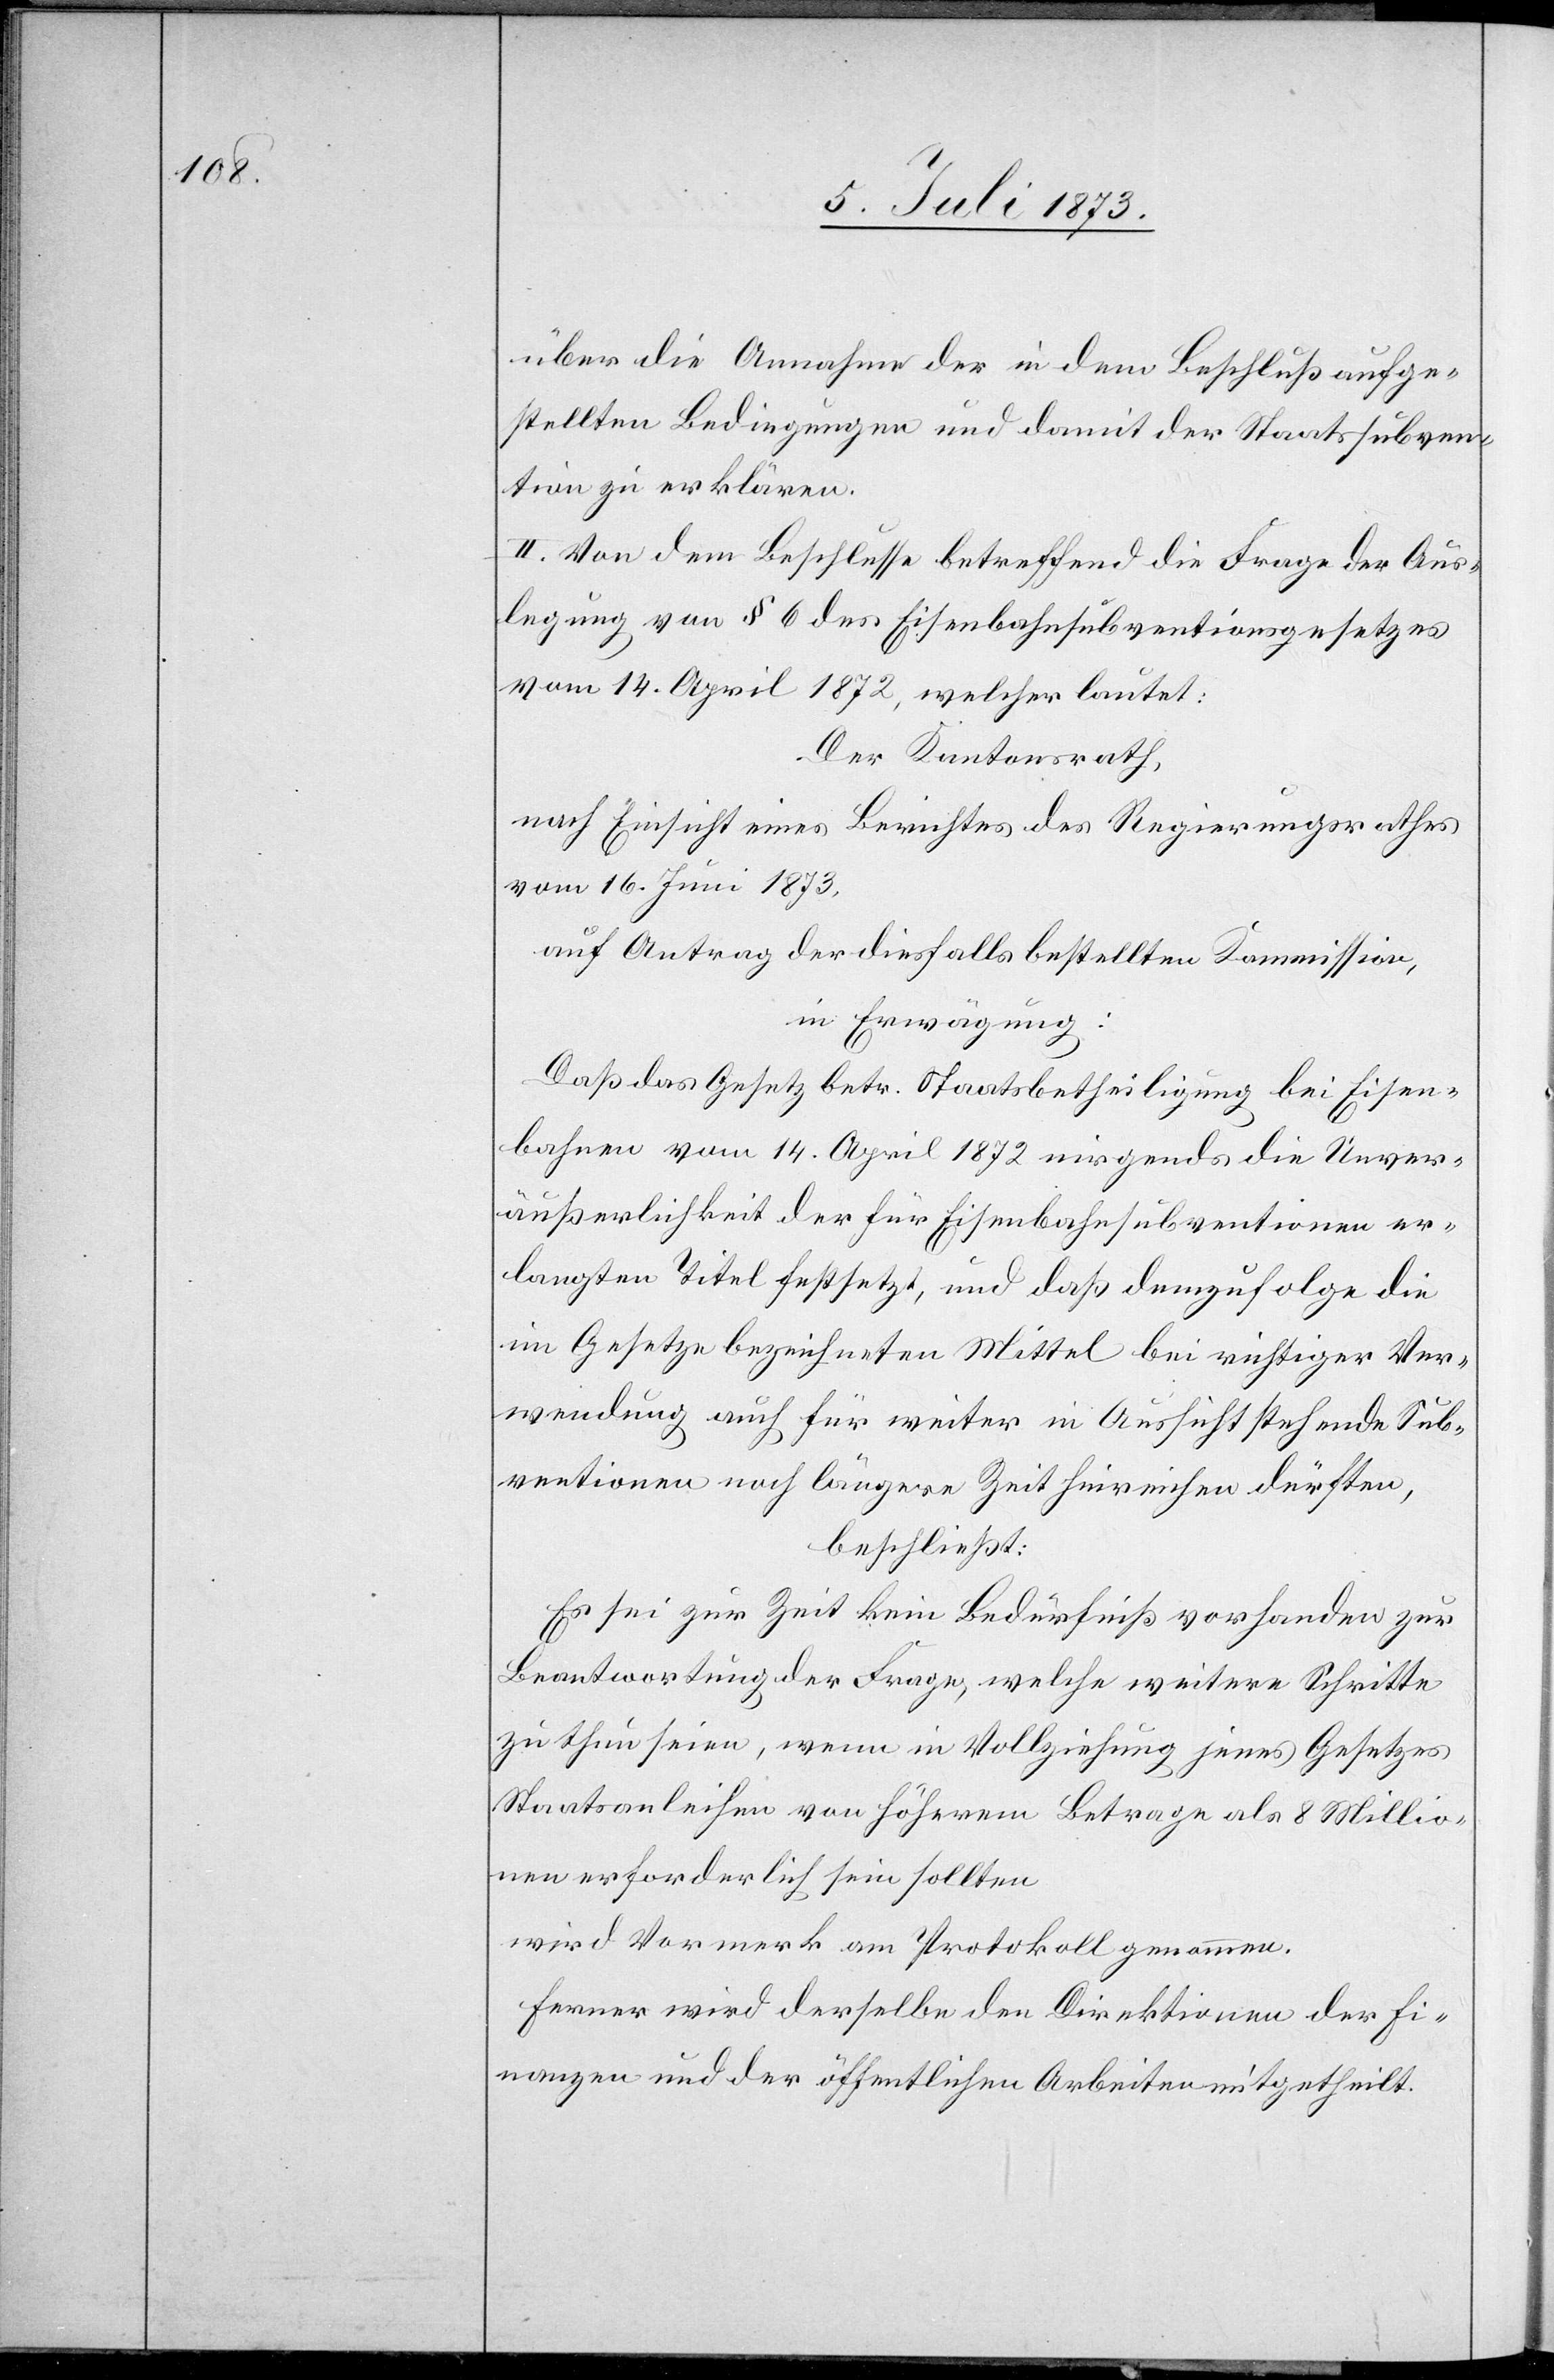
über die Annahme der in dem Beschluß aufge¬
stellten Bedingungen und damit der Staatssubven¬
tion zu erklären.
II. Von dem Beschlusse betreffend die Frage der Aus¬
legung von § 6 des Eisenbahnsubventionsgesetzes
vom 14. April 1872, welcher lautet:
Der Kantonsrath,
nach Einsicht eines Berichtes des Regierungsrathes
vom 16. Juni 1873,
auf Antrag der diesfalls bestellten Kommission,
in Erwägung:
Daß das Gesetz betr. Staatsbetheiligung bei Eisen¬
bahnen vom 14. April 1872 nirgends die Unver¬
äußerlichkeit der für Eisenbahnsubventionen er¬
langten Titel festsetzt, und daß demzufolge die
im Gesetze bezeichneten Mittel bei richtiger Ver¬
wendung auch für weiter in Aussicht stehende Sub¬
ventionen noch längere Zeit hinreichen dürften,
beschließt:
Es sei zur Zeit kein Bedürfniß vorhanden zur
Beantwortung der Frage, welche weitere Schritte
zu thun seien, wenn in Vollziehung jenes Gesetzes
Staatsanleihen von höherem Betrage als 8 Millio¬
nen erforderlich sein sollten
wird Vormerk am Protokoll genommen.
Ferner wird derselbe den Direktionen der Fi¬
nanzen und der öffentlichen Arbeiten mitgetheilt.